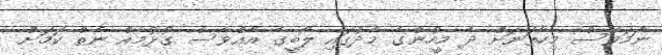
ނަމަވެސް މިހާތަނަށް ދެ މީހުންގެ މެދުގައި ލޯބީގެ އެއްވެސް ގުޅުމެއް ނެތް ކަމަށް